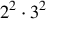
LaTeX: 2 ^ { 2 } \cdot 3 ^ { 2 }